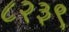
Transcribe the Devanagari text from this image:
८२३९